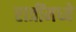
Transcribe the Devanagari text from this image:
रात्रींमध्ये